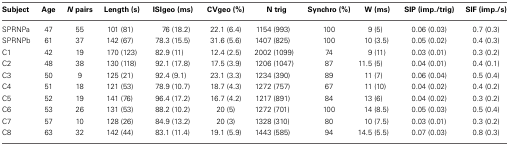
<table><thead><tr><td><b>Subject</b></td><td><b>Age</b></td><td><b><i>N</i> pairs</b></td><td><b>Length (s)</b></td><td><b>ISIgeo (ms)</b></td><td><b>CVgeo (%)</b></td><td><b>N trig</b></td><td><b>Synchro (%)</b></td><td><b>W (ms)</b></td><td><b>SIP (imp./trig)</b></td><td><b>SIF (imp./s)</b></td></tr></thead><tbody><tr><td>SPRNPa</td><td>47</td><td>55</td><td>101 (81)</td><td>76 (18.2)</td><td>22.1 (6.4)</td><td>1154 (993)</td><td>100</td><td>9 (5)</td><td>0.06 (0.03)</td><td>0.7 (0.3)</td></tr><tr><td>SPRNPb</td><td>61</td><td>37</td><td>142 (67)</td><td>78.3 (15.5)</td><td>31.6 (5.6)</td><td>1407 (825)</td><td>100</td><td>10 (3.5)</td><td>0.05 (0.02)</td><td>0.4 (0.3)</td></tr><tr><td>C1</td><td>42</td><td>19</td><td>170 (123)</td><td>82.9 (11)</td><td>12.4 (2.5)</td><td>2002 (1099)</td><td>74</td><td>9 (11)</td><td>0.03 (0.01)</td><td>0.3 (0.2)</td></tr><tr><td>C2</td><td>48</td><td>38</td><td>130 (118)</td><td>92.1 (17.8)</td><td>17.5 (3.9)</td><td>1206 (1047)</td><td>87</td><td>11.5 (5)</td><td>0.04 (0.01)</td><td>0.4 (0.1)</td></tr><tr><td>C3</td><td>50</td><td>9</td><td>125 (21)</td><td>92.4 (9.1)</td><td>23.1 (3.3)</td><td>1234 (390)</td><td>89</td><td>11 (7)</td><td>0.06 (0.04)</td><td>0.5 (0.4)</td></tr><tr><td>C4</td><td>51</td><td>18</td><td>121 (53)</td><td>78.9 (10.7)</td><td>18.7 (4.3)</td><td>1272 (757)</td><td>67</td><td>11 (10)</td><td>0.04 (0.02)</td><td>0.4 (0.2)</td></tr><tr><td>C5</td><td>52</td><td>19</td><td>141 (76)</td><td>96.4 (17.2)</td><td>16.7 (4.2)</td><td>1217 (891)</td><td>84</td><td>13 (6)</td><td>0.04 (0.02)</td><td>0.3 (0.2)</td></tr><tr><td>C6</td><td>53</td><td>26</td><td>131 (53)</td><td>88.2 (10.2)</td><td>20 (5)</td><td>1272 (701)</td><td>100</td><td>14 (8.5)</td><td>0.05 (0.03)</td><td>0.5 (0.4)</td></tr><tr><td>C7</td><td>57</td><td>10</td><td>128 (26)</td><td>84.9 (13.2)</td><td>20 (3)</td><td>1328 (310)</td><td>80</td><td>10 (7.5)</td><td>0.03 (0.01)</td><td>0.3 (0.2)</td></tr><tr><td>C8</td><td>63</td><td>32</td><td>142 (44)</td><td>83.1 (11.4)</td><td>19.1 (5.9)</td><td>1443 (585)</td><td>94</td><td>14.5 (5.5)</td><td>0.07 (0.03)</td><td>0.8 (0.3)</td></tr></tbody></table>